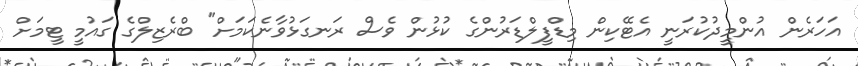
އަހަރެން އުންމީދުކުރަނީ އެޓޭކިން މިޑްފީލްޑަރުންގެ ކުޅުން ވެސް ރަނގަޅުވާނެކަމަށް" ބްރެޒިލްގެ ގައުމީ ޓީމަށް